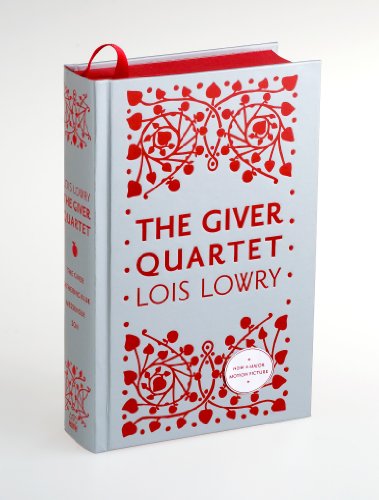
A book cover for The Giver Quartet Omnibus; Lois Lowry; Teen & Young Adult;